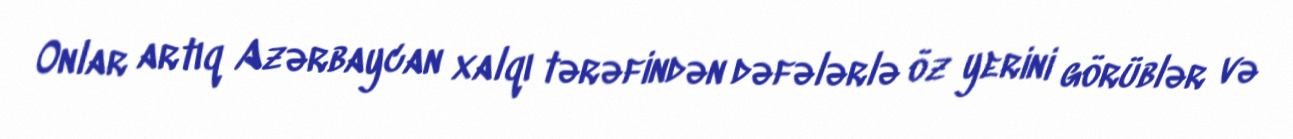
Onlar artıq Azərbaycan xalqı tərəfindən dəfələrlə öz yerini görüblər və